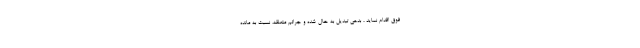
فوق اقدام نماید ، بدهی تبدیل به حال شده و جرائم متعلقه، نسبت به مانده